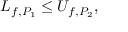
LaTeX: L _ { f , P _ { 1 } } \leq U _ { f , P _ { 2 } } , \,